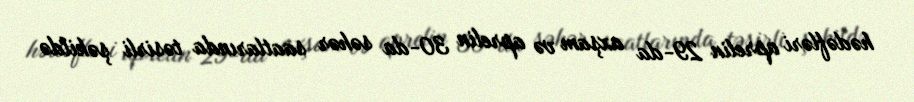
hədəfləri aprelin 29-da axşam və aprelin 30-da səhər saatlarında təsirli şəkildə